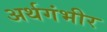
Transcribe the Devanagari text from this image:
अर्थगंभीर